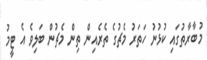
މުބާރާތުގައި ކުޅުނު ހަތަރު މެޗުގެ ތެރެއިން ތިން މެޗުން ބަލިވެ އެ ޓީމު